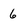
Character: 6